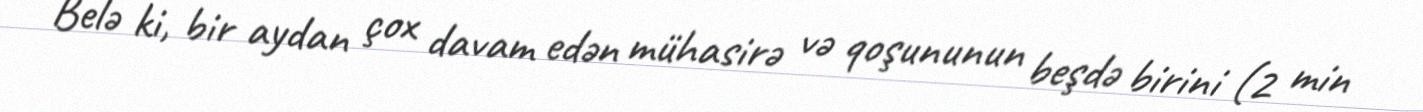
Belə ki, bir aydan çox davam edən mühasirə və qoşununun beşdə birini (2 min